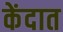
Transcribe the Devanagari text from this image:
केंदात